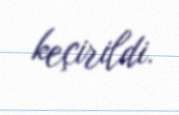
keçirildi.